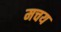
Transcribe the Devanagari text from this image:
मचय